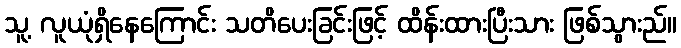
သူ့ လူယုံရှိနေကြောင်း သတိပေးခြင်းဖြင့် ထိန်းထားပြီးသား ဖြစ်သွားည်။